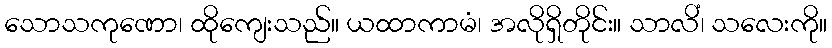
သောသကုဏော၊ ထိုကျေးသည်။ ယထာကာမံ၊ အလိုရှိတိုင်း။ သာလိံ၊ သလေးကို။